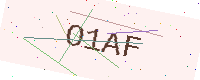
Text: O1AF